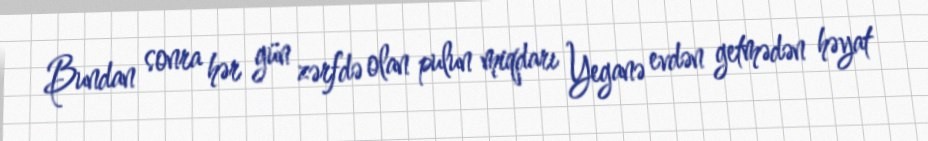
Bundan sonra hər gün zərfdə olan pulun miqdarı Yeganə evdən getmədən həyat